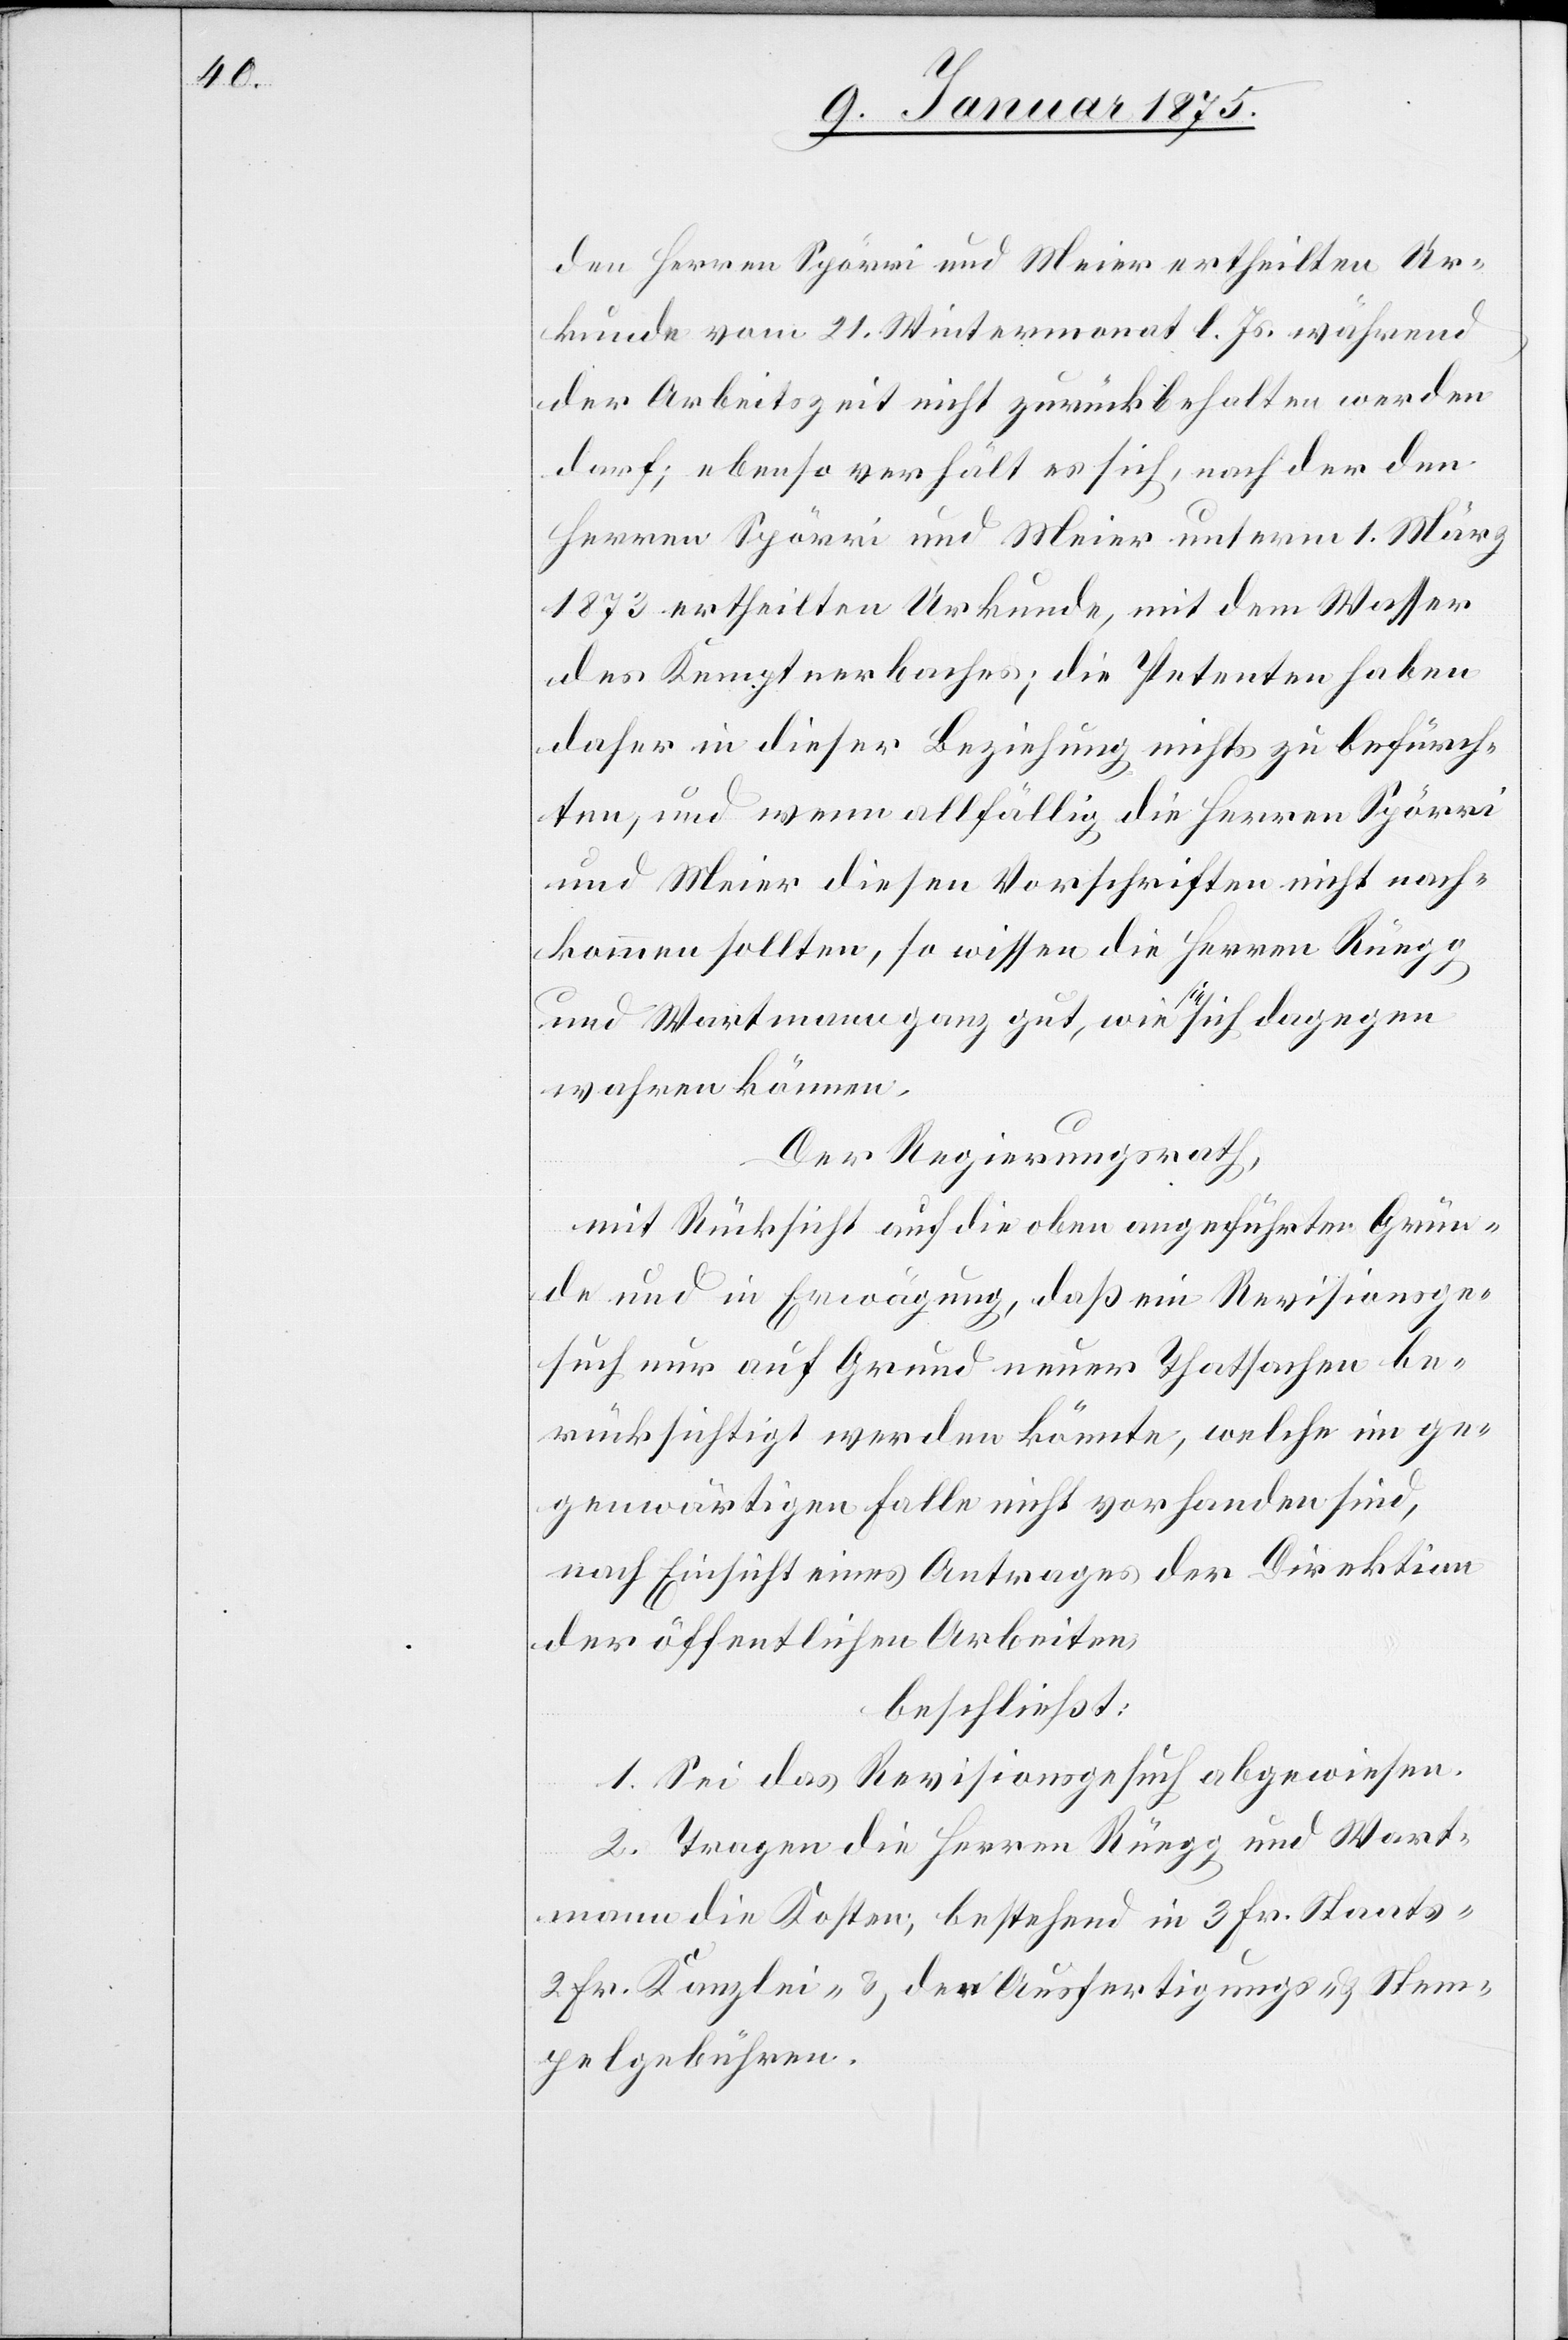
den Herren Spörri und Meier ertheilten Ur¬
kunde vom 21. Wintermonat l. Js. während
der Arbeitszeit nicht zurückbehalten werden
darf; ebenso verhält es sich, nach der den
Herren Spörri und Meier unterm 1. März
1873 ertheilten Urkunde, mit dem Wasser
des Kemptnerbaches; die Petenten haben
daher in dieser Beziehung nichts zu befürch¬
ten, und wenn allfällig die Herren Spörri
und Meier diesen Vorschriften nicht nach¬
kommen sollten, so wissen die Herren Rüegg
und Wartmann ganz gut, wie a-sie-a sich dagegen
wahren können.
Der Regierungsrath,
mit Rücksicht auf die oben angeführten Grün¬
de und in Erwägung, daß ein Revisionsge¬
such nur auf Grund neuer Thatsachen be¬
rücksichtigt werden könnte, welche im ge¬
genwärtigen Falle nicht vorhanden sind,
nach Einsicht eines Antrages der Direktion
der öffentlichen Arbeiten,
beschließt:
1. Sei das Revisionsgesuch abgewiesen.
2. Tragen die Herren Rüegg und Wart¬
mann die Kosten; bestehend in 3 Fr. Staats-[,]
2 Fr. Kanzlei- & der Ausfertigungs- u. Stem¬
pelgebühren.